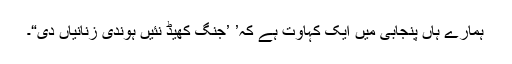
ہمارے ہاں پنجابی میں ایک کہاوت ہے کہ’ ’جنگ کھیڈ نئیں ہوندی زنانیاں دی“۔